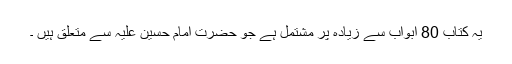
یہ کتاب 80 ابواب سے زیادہ پر مشتمل ہے جو حضرت امام حسین علیہ سے متعلق ہیں ۔